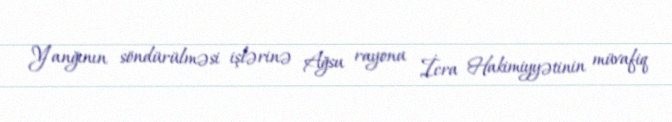
Yanğının söndürülməsi işlərinə Ağsu rayonu İcra Hakimiyyətinin müvafiq